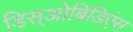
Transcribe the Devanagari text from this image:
डिस्‌ओबिडिएंस